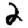
Digit: 2